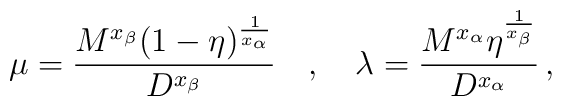
\mu =  \frac{M^{x_{\beta }}(1-\eta )^{\frac{1}{x_{\alpha}}}}{D^{x_{\beta }}}\quad , \quad\lambda = \frac{M^{x_{\alpha }}\eta ^{\frac{1}{x_{\beta }}}}{D^{x_{\alpha }}}\,,